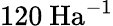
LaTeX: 120\ \mathrm{Ha}^{-1}